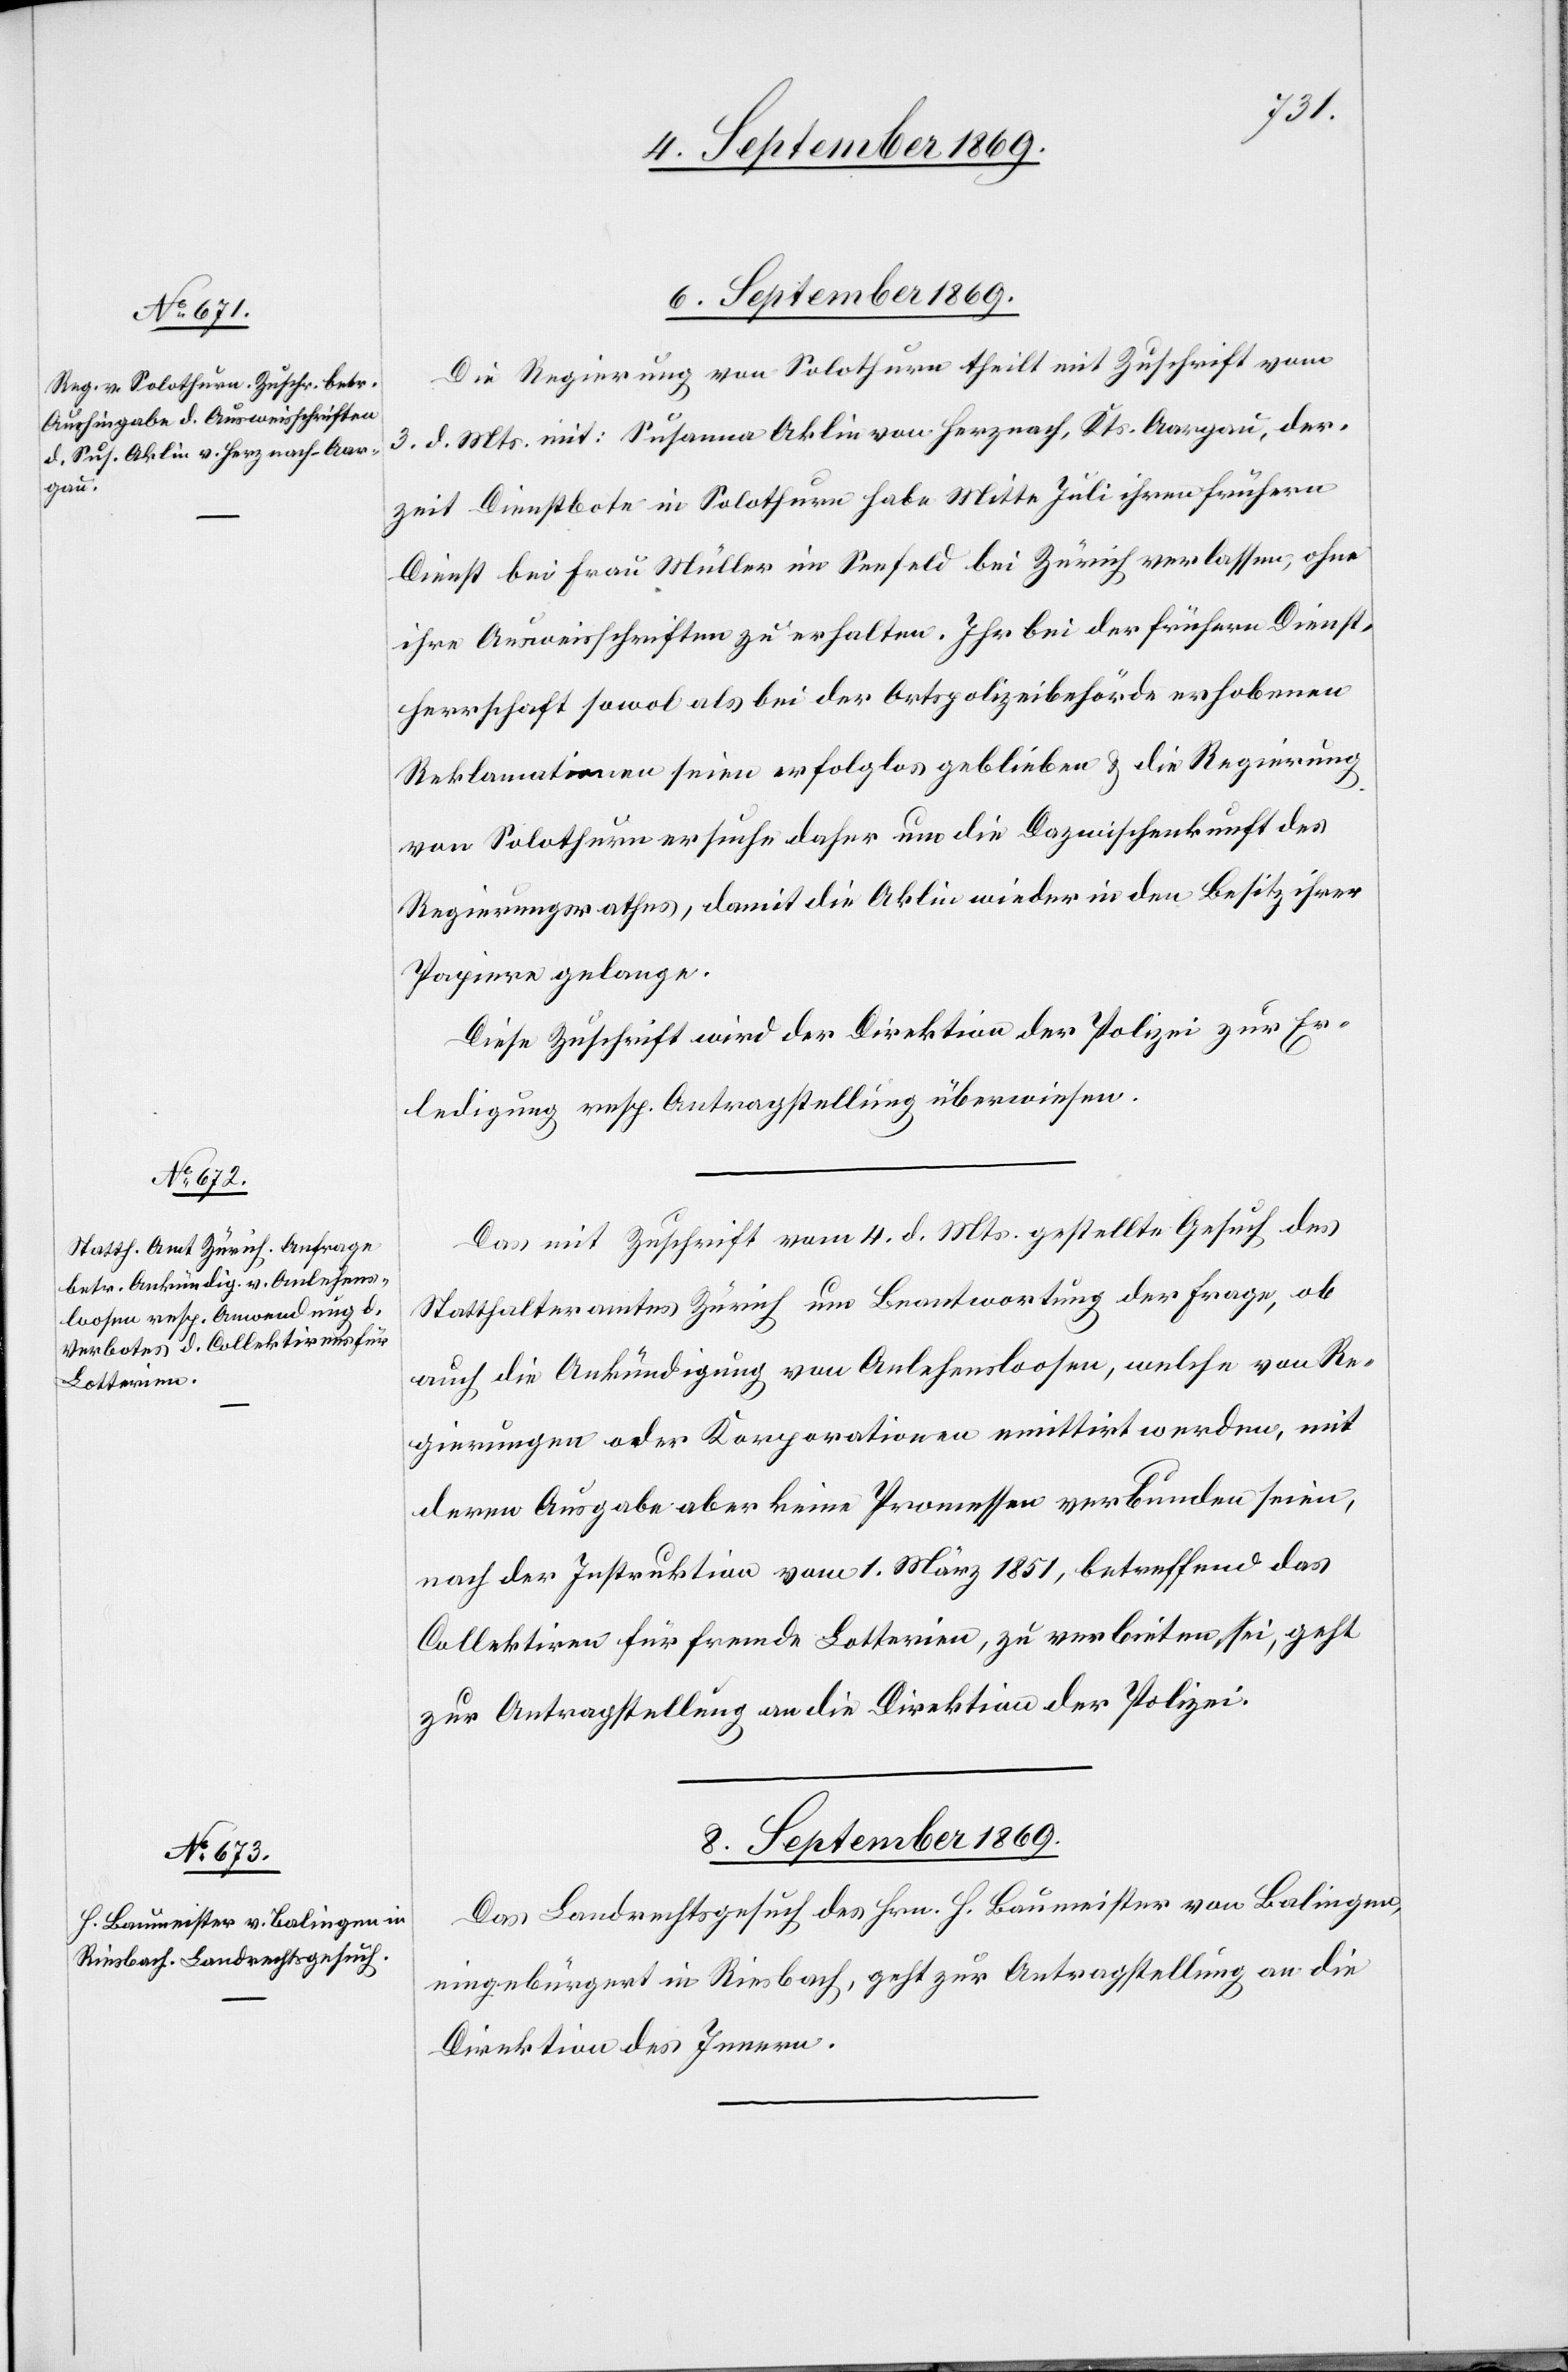
6. September 1869.]
Die Regierung von Solothurn theilt mit Zuschrift vom
3. d. Mts. mit: Susanna Aklin von Herznach, Kts. Aargau, der¬
zeit Dienstbote in Solothurn habe Mitte Juli ihren frühern
Dienst bei Frau Müller im Seefeld bei Zürich verlassen, ohne
ihre Ausweisschriften zu erhalten. Ihr[e] bei der frühern Dienst¬
herrschaft sowol als bei der Ortspolizeibehörde erhobenen
Reklamationen seien erfolglos geblieben & die Regierung
von Solothurn ersuche daher um die Dazwischenkunft des
Regierungsrathes, damit die Aklin wieder in den Besitz ihrer
Papiere gelange.
Diese Zuschrift wird der Direktion der Polizei zur Er¬
ledigung resp. Antragstellung überwiesen.
Das mit Zuschrift vom 4. d. Mts. gestellte Gesuch des
Statthalteramtes Zürich um Beantwortung der Frage, ob
auch die Ankündigung von Anlehensloosen, welche von Re¬
gierungen oder Korporationen emittirt werden, mit
deren Ausgabe aber keine Promessen verbunden seien,
nach der Instruktion vom 1. März 1851, betreffend das
Collektiren für fremde Lotterien, zu verbieten sei, geht
zur Antragstellung an die Direktion der Polizei.
8. September 1869.
Das Landrechtsgesuch des Hrn. H. Baumeister von Balingen,
eingebürgert in Riesbach, geht zur Antragstellung an die
Direktion des Innern.